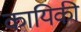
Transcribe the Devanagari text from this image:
कायिकी